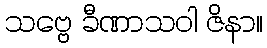
သဗ္ဗေ ခီဏာသဝါ ဇိနာ။